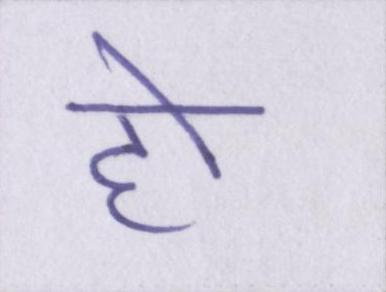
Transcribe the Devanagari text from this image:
हो